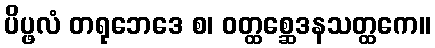
ပိပ္ဖလံ တရုဘေဒေ စ၊ ဝတ္ထစ္ဆေဒနသတ္ထကေ။